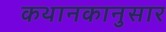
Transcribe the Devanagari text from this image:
कथानकानुसार